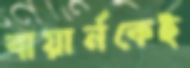
বায়ার্নকেই